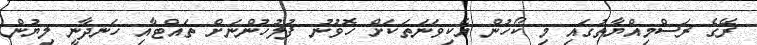
ރޭގެ ރަސްމިއްޔާތުގައި މި ކޯހުން އެކިވަނަތަކަށް ހޮވުނު ފުލުހުންނަށް ތައްޓާއި ހަނދާނީ ލިޔުން